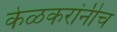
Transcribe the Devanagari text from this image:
केळकरांनीच